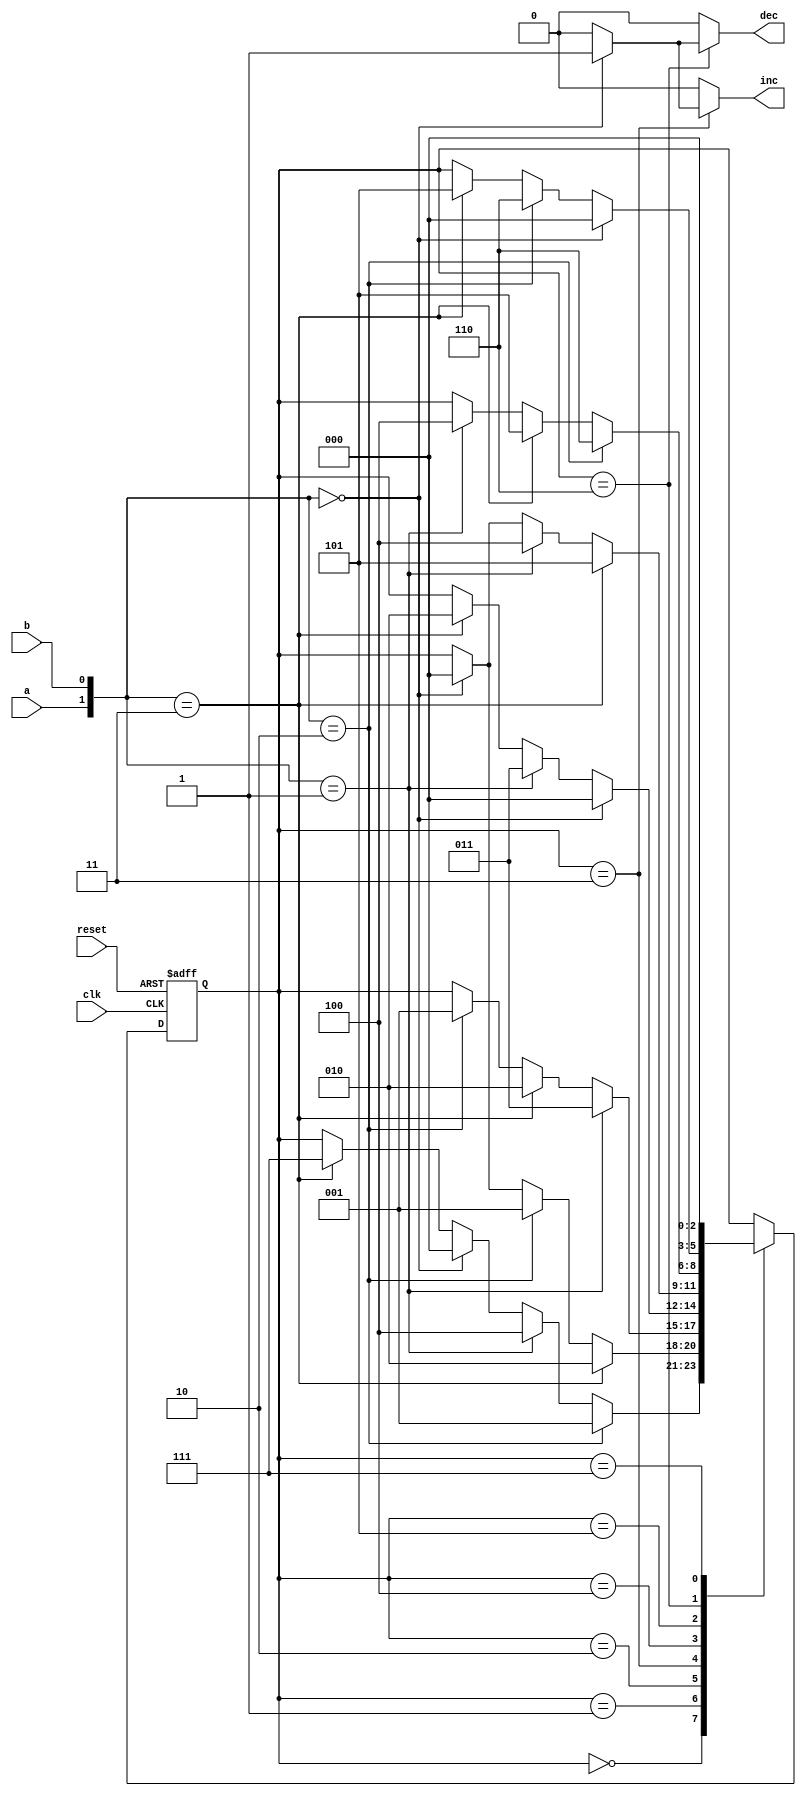
`timescale 1ns / 1ps
//////////////////////////////////////////////////////////////////////////////////
// Company: 
// Engineer: 
// 
// Design Name: 
// Module Name:    fsm 
// Project Name: 
// Target Devices: 
// Tool versions: 
// Description: 
//
// Dependencies: 
//
// Revision: 
// Revision 0.01 - File Created
// Additional Comments: 
//
//////////////////////////////////////////////////////////////////////////////////
module fsm(
    input wire clk, reset,
    input wire a, b,
    output reg inc, dec
    );

	// State declaration.
	localparam [2:0] idle 		= 3'b000;
	localparam [2:0] enter0 	= 3'b001;
	localparam [2:0] enter1 	= 3'b010;
	localparam [2:0] enter2 	= 3'b011;
	localparam [2:0] exit0 		= 3'b100;
	localparam [2:0] exit1 		= 3'b101;
	localparam [2:0] exit2 		= 3'b110;
	localparam [2:0] invalid 	= 3'b111;

	// Signal declaration.
	reg [2:0] state_reg;
	reg [2:0] state_next;

	// Initialize signal.
	initial begin
		state_reg = 0;
	end

	// State register.
	always @(posedge clk, posedge reset) begin
		if (reset)
			state_reg <= idle;
		else
			state_reg <= state_next;
	end

	// Next state logic and output logic.
	always @(*) begin
		state_next <= state_reg;
		inc <= 0;
		dec <= 0;
		case (state_reg)
			idle:
				// Car go to enter0.
				if ({a,b} == 2'b10)
					state_next <= enter0;
				// Car go to exit0.
				else if ({a,b} == 2'b01)
					state_next <= exit0;
				// Car remain.
				else if ({a,b} == 2'b00)
					state_next <= idle;
				// Invalid state.
				else if ({a,b} == 2'b11)
					state_next <= invalid;
			enter0:
				// Car go to enter1.
				if ({a,b} == 2'b11)
					state_next <= enter1;
				// Car remain.
				else if ({a,b} == 2'b10)
					state_next <= enter0;
				// Car return to idle.
				else if ({a,b} == 2'b00)
					state_next <= idle;
			enter1:
				// Car go to enter2.
				if ({a,b} == 2'b01)
					state_next <= enter2;
				// Car remain.
				else if ({a,b} == 2'b11)
					state_next <= enter1;
				// Car return to enter0.
				else if ({a,b} == 2'b10)
					state_next <= enter0;
			enter2:
				// Car enter and go to idle.
				if ({a,b} == 2'b00) begin
					inc <= 1;
					state_next <= idle;
				end
				// Car remain.
				else if ({a,b} == 2'b01)
					state_next <= enter2;
				// Car return to enter1.
				else if ({a,b} == 2'b11)
					state_next <= enter1;
			exit0:
				// Car go to exit1.
				if ({a,b} == 2'b11)
					state_next <= exit1;
				// Car remain.
				else if ({a,b} == 2'b01)
					state_next <= exit0;
				// Car return to idle.
				else if ({a,b} == 2'b00)
					state_next <= idle;
			exit1:
				// Car go to exit2.
				if ({a,b} == 2'b10)
					state_next <= exit2;
				// Car remain.
				else if ({a,b} == 2'b11)
					state_next <= exit1;
				// Car return to exit0.
				else if ({a,b} == 2'b01)
					state_next <= exit0;
			exit2:
				// Cae exit and go to idle.
				if ({a,b} == 2'b00) begin
					dec <= 1;
					state_next <= idle;
				end
				// Car remain.
				 else if ({a,b} == 2'b10)
					state_next <= exit2;
				// Car return to exit1.
				else if ({a,b} == 2'b11)
					state_next <= exit1;
			invalid:
				state_next <= idle;
			default: state_next <= idle;
		endcase
	end

endmodule